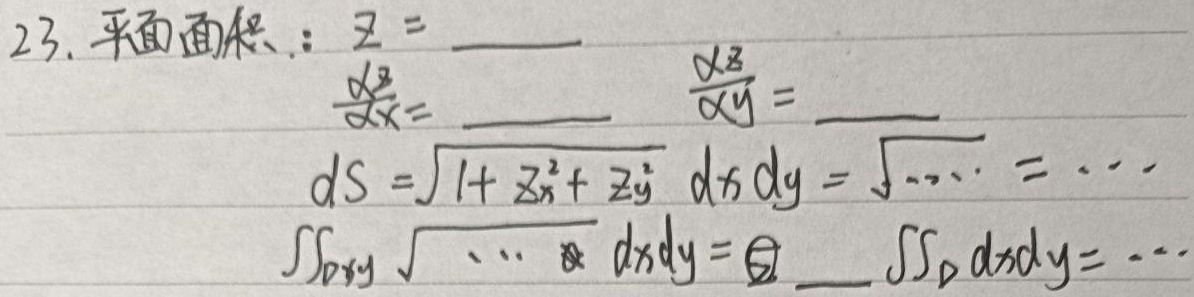
23. 平面面积：\(z = \_\_\_\)
\(\frac{\partial z}{\partial x}=\_\_\_\)
\(\frac{\partial z}{\partial y}=\_\_\_\)
\(dS=\sqrt{1 + z_{x}^{2}+z_{y}^{2}}\ dxdy=\sqrt{\cdots}=\cdots\)
\(\iint_{D_{xy}}\sqrt{\cdots}\ dxdy=\textcircled{\_\_\_}\iint_{D}dxdy=\cdots\)